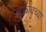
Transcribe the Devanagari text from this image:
झुकोवच्या